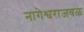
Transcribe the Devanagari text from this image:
नागेश्वराजवळ